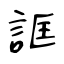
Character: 誆